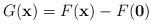
LaTeX: \begin{align*}G(\mathbf{x})=F(\mathbf{x})-F(\mathbf{0}) \end{align*}